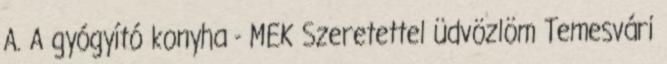
A. A gyógyító konyha - MEK Szeretettel üdvözlöm Temesvári